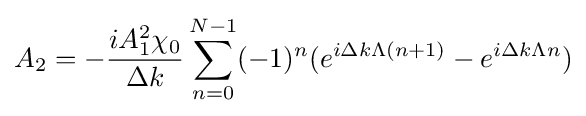
A_{2}=-{\frac {iA_{1}^{2}\chi _{0}}{\Delta k}}\sum _{n=0}^{N-1}(-1)^{n}(e^{i\Delta k\Lambda (n+1)}-e^{i\Delta k\Lambda n})